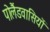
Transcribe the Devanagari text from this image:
पोलैंडवासियों